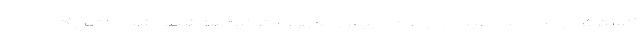
گسترش یابد "رجب طیب اردوغان" رییس جمهوری ترکیه سه‌شنبه شب با تبریک